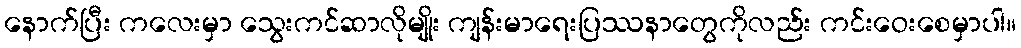
နောက်ပြီး ကလေးမှာ သွေးကင်ဆာလိုမျိုး ကျန်းမာရေးပြဿနာတွေကိုလည်း ကင်းဝေးစေမှာပါ။